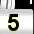
Digit: 5